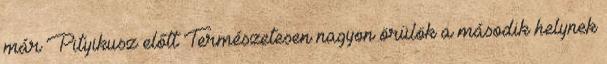
már Pityikusz előtt Természetesen nagyon örülök a második helynek